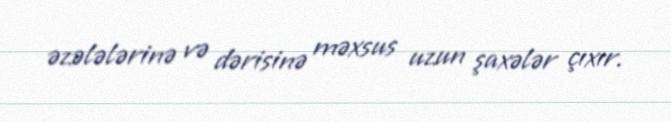
əzələlərinə və dərisinə məxsus uzun şaxələr çıxır.